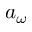
a _ { \omega }